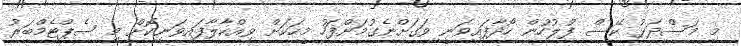
މި މަސްދަޅު ކޭސް ފުލުހުން ހޯދާފައިވަނީ ވަގަށްނެގުމަށްފަހު މީހަކަށް ވިއްކާލާފައިވަނިކޮށް މި ސެޕްޓެމްބަރު